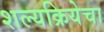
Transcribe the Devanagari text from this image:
शल्यक्रियेचा